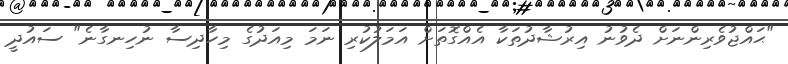
"ޙައްޖުވެރިންނަށް ދެވުނު އިރުޝާދުތަކާ އެއްގޮތަށް އަމަލުކުރި ނަމަ މިއަދުގެ މިހާދިސާ ނުހިނގާނެ" ސައުދީ